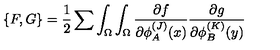
\{ F , G \} = { \frac { 1 } { 2 } } \sum \int _ { \Omega } \int _ { \Omega } { \frac { \partial f } { \partial \phi _ { A } ^ { ( J ) } ( x ) } } { \frac { \partial g } { \partial \phi _ { B } ^ { ( K ) } ( y ) } }